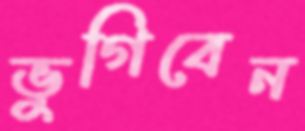
ভুগিবেন